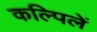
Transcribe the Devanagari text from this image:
कल्पिलें